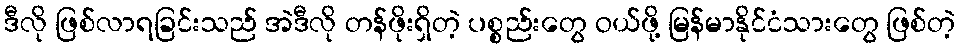
ဒီလို ဖြစ်လာရခြင်းသည် အဲဒီလို တန်ဖိုးရှိတဲ့ ပစ္စည်းတွေ ဝယ်ဖို့ မြန်မာနိုင်ငံသားတွေ ဖြစ်တဲ့